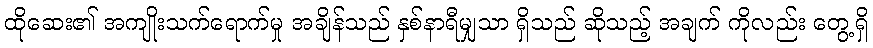
ထိုဆေး၏ အကျိုးသက်ရောက်မှု အချိန်သည် နှစ်နာရီမျှသာ ရှိသည် ဆိုသည့် အချက် ကိုလည်း တွေ့ရှိ